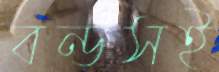
বন্ডসই